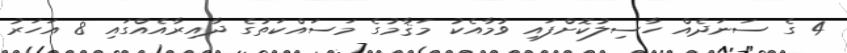
4 ގެ ސަނަދެއް ހާސިލުކޮށްފައި ވުމާއެކު މަޤާމުގެ މަސައްކަތުގެ ދާއިރާއެއްގައި 8 އަހަރު